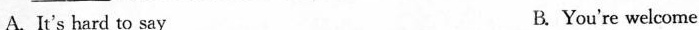
A. It's hard to say B.You're welcome